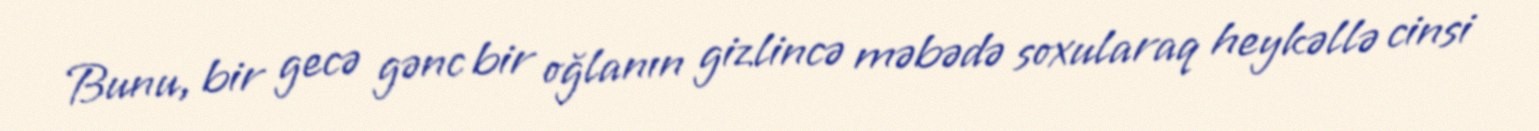
Bunu, bir gecə gənc bir oğlanın gizlincə məbədə soxularaq heykəllə cinsi